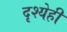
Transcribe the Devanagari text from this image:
दृश्येही